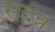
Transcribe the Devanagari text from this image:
सदन्न